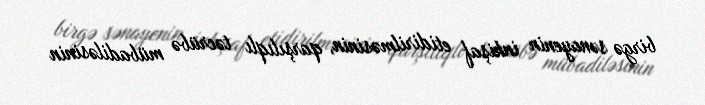
birgə sənayenin inkişaf etidirilməsinin, qarşılıqlı təcrübə mübadiləsinin